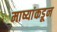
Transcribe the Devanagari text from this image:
माष्यांकडून